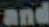
and